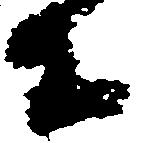
等